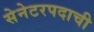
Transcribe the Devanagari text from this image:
सेनेटरपदाची